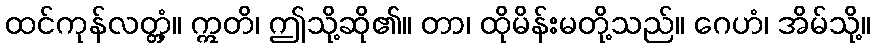
ထင်ကုန်လတ္တံ့။ ဣတိ၊ ဤသို့ဆို၏။ တာ၊ ထိုမိန်းမတို့သည်။ ဂေဟံ၊ အိမ်သို့။